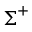
{ \boldsymbol { \Sigma } } ^ { + }